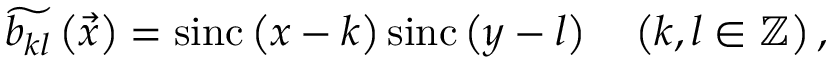
\widetilde { b _ { k l } } \left( \vec { x } \right) = \mathrm { s i n c } \left( x - k \right) \mathrm { s i n c } \left( y - l \right) \ \ \ \left( k , l \in \mathbb { Z } \right) ,